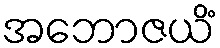
အဘောဇယိံ